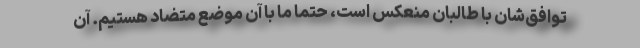
توافق‌شان با طالبان منعکس است، حتماً ما با آن موضع متضاد هستیم. آن